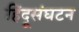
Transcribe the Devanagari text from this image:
हिंदूसंघटन